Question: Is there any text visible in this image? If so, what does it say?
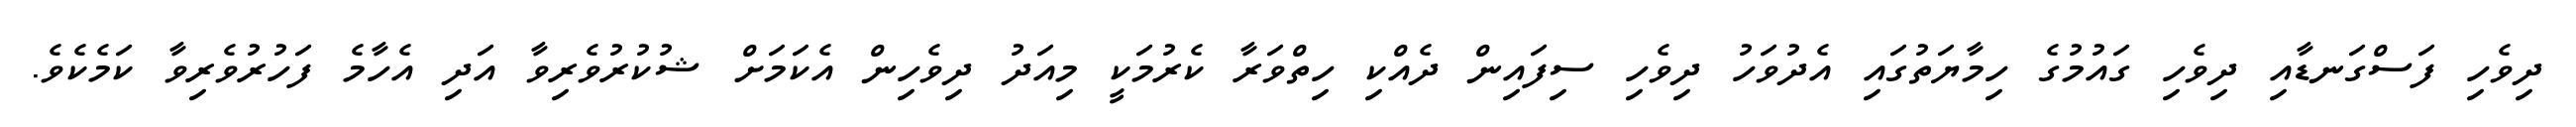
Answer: ދިވެހި ފަސްގަނޑާއި ދިވެހި ގައުމުގެ ހިމާޔަތުގައި އެދުވަހު ދިވެހި ސިފައިން ދެއްކި ހިތްވަރާ ކެރުމަކީ މިއަދު ދިވެހިން އެކަމަށް ޝުކުރުވެރިވާ އަދި އެހާމެ ފަހުރުވެރިވާ ކަމެކެވެ.